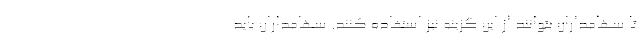
تا سهامداران بتوانند از این گزینه نیز استفاده کنند. سهامداران باید